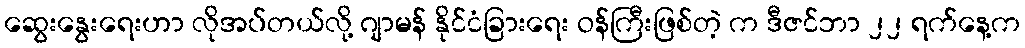
ဆွေးနွေးရေးဟာ လိုအပ်တယ်လို့ ဂျာမန် နိုင်ငံခြားရေး ဝန်ကြီးဖြစ်တဲ့ က ဒီဇင်ဘာ ၂၂ ရက်နေ့က